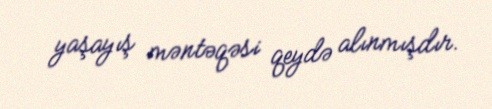
yaşayış məntəqəsi qeydə alınmışdır.